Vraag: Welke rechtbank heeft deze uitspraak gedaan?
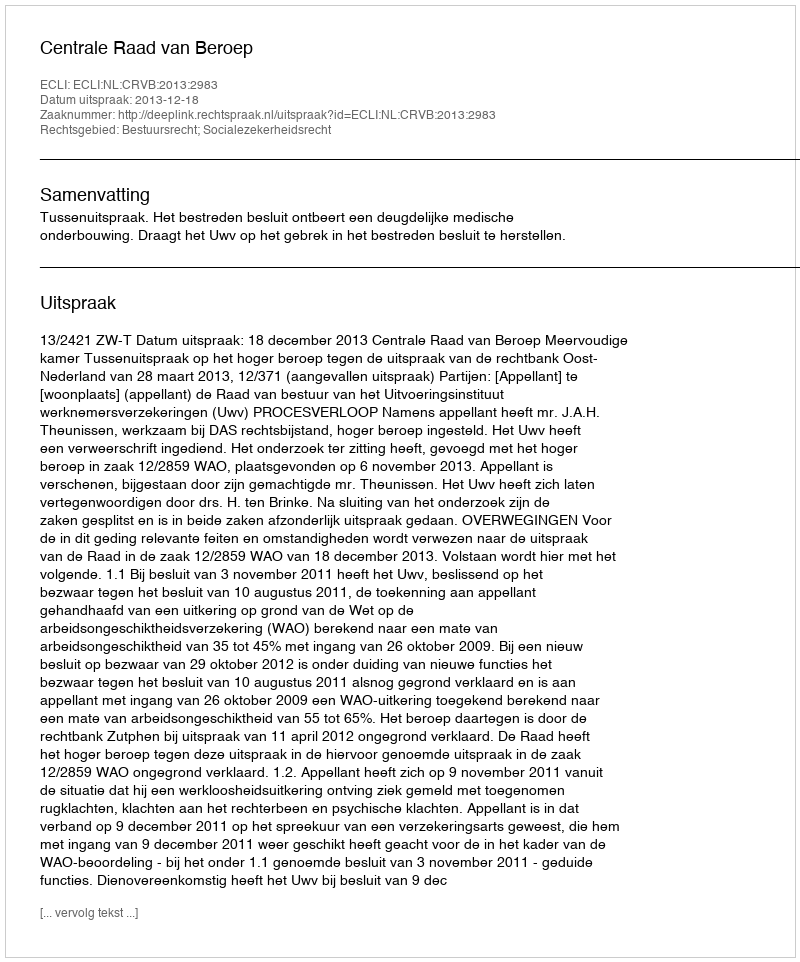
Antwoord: Centrale Raad van Beroep